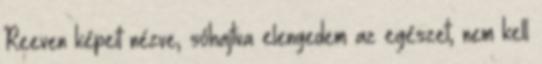
Reeven képeit nézve, sóhajtva elengedem az egészet, nem kell